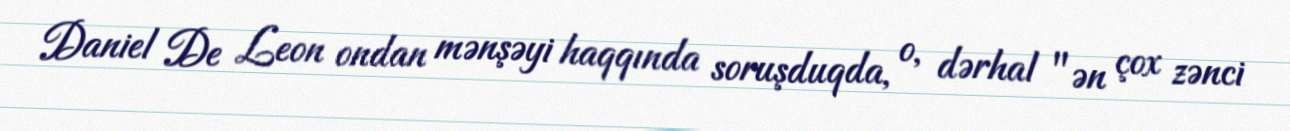
Daniel De Leon ondan mənşəyi haqqında soruşduqda, o, dərhal "ən çox zənci